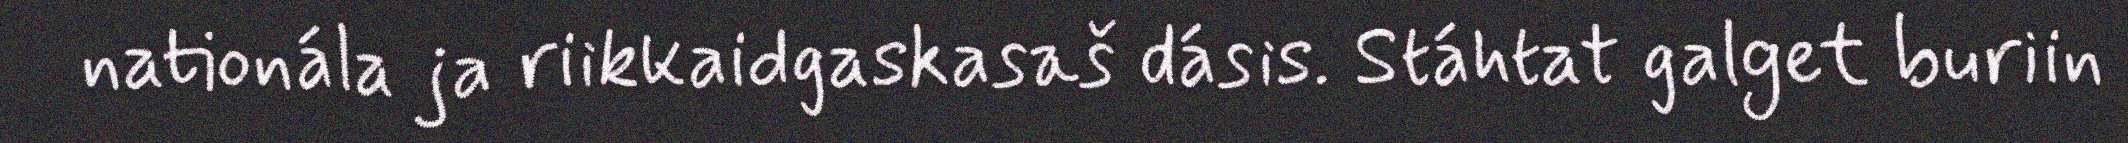
nationála ja riikkaidgaskasaš dásis. Stáhtat galget buriin